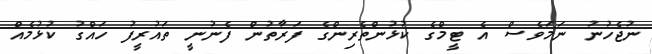
ނުޖެހުނު ނަމަވެސް އެ ޓީމްގެ ކުޅުންތެރިންގެ ފަރާތުން ފެނުނީ ތައުރީފު ހައްގު ކުޅުމެއް